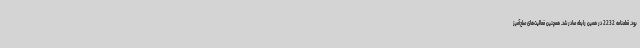
بود. قطعنامه 2232 در همین رابطه صادر شد. همچنین فعالیت‌های صلح‌آمیز